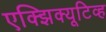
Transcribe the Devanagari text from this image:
एक्झिक्यूटिव्ह